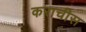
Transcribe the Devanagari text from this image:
कराचीस